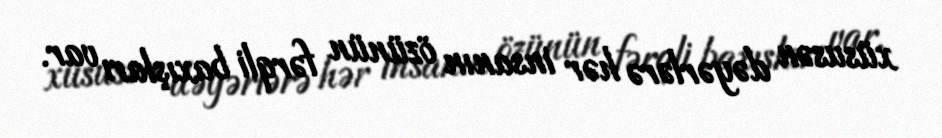
xüsusən dəyərlərə hər insanın özünün fərqli baxışları var.